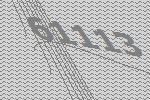
61113